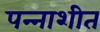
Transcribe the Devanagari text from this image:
पन्‍नाशीत